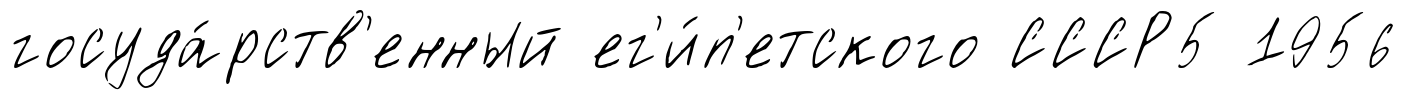
госуда́рств'енный ег'и́п'етского СССР5 1956